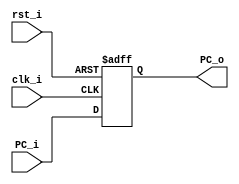
//`include "include/lagartoII_const.vh"
module PCGen(
	input clk_i, 
	input rst_i, 
	input [31:0] PC_i,
	//output reg `WORD PC_o
		output reg [31:0] PC_o = 32'b0 
); 

	always @(posedge clk_i, negedge rst_i) begin 
		if(!rst_i) 
			//PC_o <= `WORD_ZERO; 
				PC_o <= 32'b0; 
		else 
				PC_o <= PC_i; 
	end 
endmodule